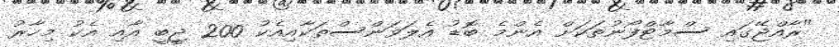
"ރާއްޖޭގައި ސްމާޓްފޯނުތަކަށް އެންމެ ބޮޑު އެލަވަންސްތަކާއިއެކު 200 ޖީބީ އާއި އެކު މިހާރު